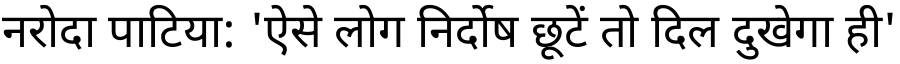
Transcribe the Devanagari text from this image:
नरोदा पाटिया: 'ऐसे लोग निर्दोष छूटें तो दिल दुखेगा ही'